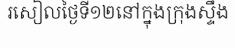
រសៀលថ្ងៃទី១២នៅក្នុងក្រុងស្ទឹង